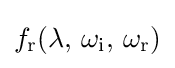
f_{\text{r}}(\lambda ,\,\omega _{\text{i}},\,\omega _{\text{r}})